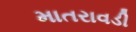
માતરાવડી